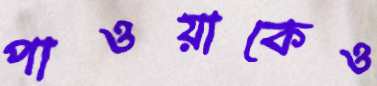
পাওয়াকেও